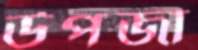
উপজা